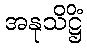
အနုသိဋ္ဌိံ